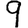
Digit: 9